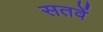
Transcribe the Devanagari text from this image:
सतवें